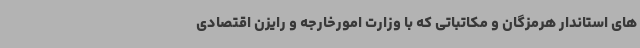
های استاندار هرمزگان و مکاتباتی که با وزارت امورخارجه و رایزن اقتصادی